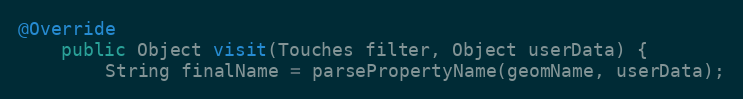
Language: Java
@Override
	public Object visit(Touches filter, Object userData) {
		String finalName = parsePropertyName(geomName, userData);